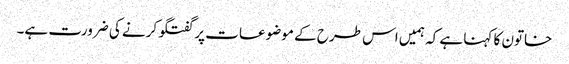
خاتون کا کہنا ہے کہ ہمیں اس طرح کے موضوعات پر گفتگو کرنے کی ضرورت ہے۔